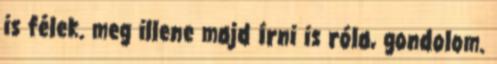
is félek. meg illene majd írni is róla, gondolom.